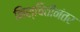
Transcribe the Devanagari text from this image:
निश्चितीनंतर